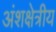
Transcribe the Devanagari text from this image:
अंशक्षेत्रीय